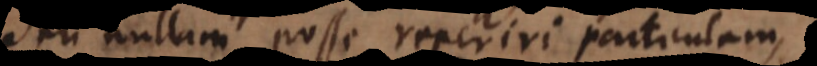
seu nullam posse reperiri particulam,